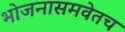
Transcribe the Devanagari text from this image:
भोजनासमवेतच